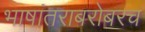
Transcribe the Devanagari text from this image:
भाषांतराबरोबरच